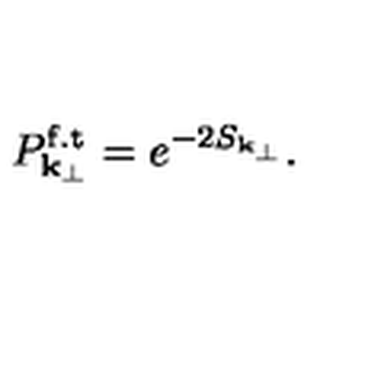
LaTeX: P _ { { \bf k } _ { \perp } } ^ { \mathrm { f . t } } = e ^ { - 2 S _ { { \bf k } _ { \perp } } } .